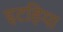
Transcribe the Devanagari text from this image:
इटहिया